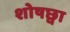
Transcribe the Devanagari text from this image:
शोषछ्वा